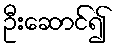
ဦးဆောင်၍